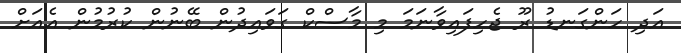
އަދި ހަންގަނޑު ރޫ ޖެހިފައިވާނަމަ މި މާސްކް ގަވައިދުން ބޭނުން ކުރުމުން އެއަށް